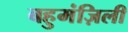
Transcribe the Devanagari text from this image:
बहुमंज़िली